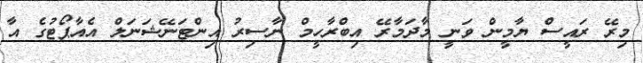
މިރޭ ރައީސް ޔާމީން ވަނީ މާދަމާރޭ އިބްރާހީމް ނާސިރު އިންޓަނޭޝަނަލް އެއާޕޯޓުގެ އާ